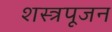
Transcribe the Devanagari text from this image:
शस्त्रपूजन